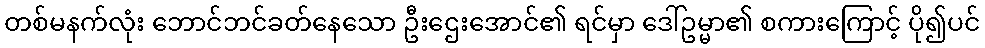
တစ်မနက်လုံး ဘောင်ဘင်ခတ်နေသော ဦးဌေးအောင်၏ ရင်မှာ ဒေါ်ဥမ္မာ၏ စကားကြောင့် ပို၍ပင်